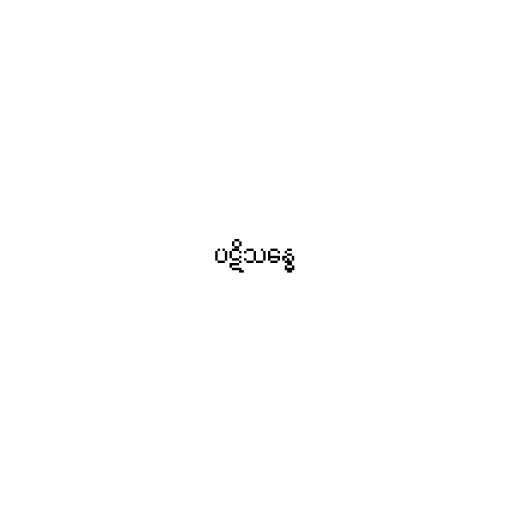
ပဋိသန္ဓေ